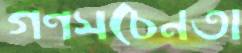
গণসচেনতা